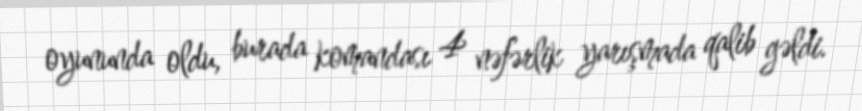
oyununda oldu, burada komandası 4 nəfərlik yarışmada qalib gəldi.